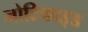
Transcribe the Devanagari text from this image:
नोटिफाइड